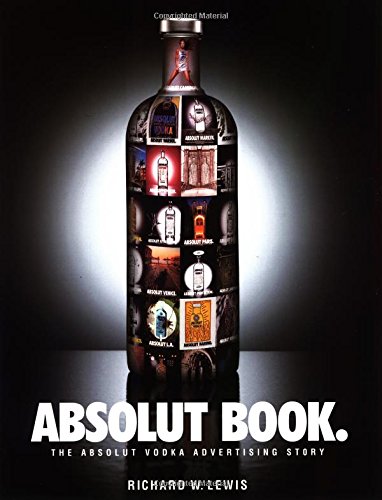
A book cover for Absolut Book: The Absolut Vodka Advertising Story; Richard W. Lewis; Arts & Photography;